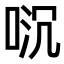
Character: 𫪌